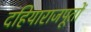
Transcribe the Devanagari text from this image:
दहियाराजपूतों